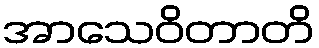
အာသေဝိတာတိ